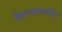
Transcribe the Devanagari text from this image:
हिरण्यवर्मन्